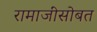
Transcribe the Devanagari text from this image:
रामाजींसोबत